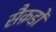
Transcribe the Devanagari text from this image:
सैक़डों